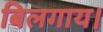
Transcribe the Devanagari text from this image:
बिलगाय।